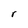
Character: r